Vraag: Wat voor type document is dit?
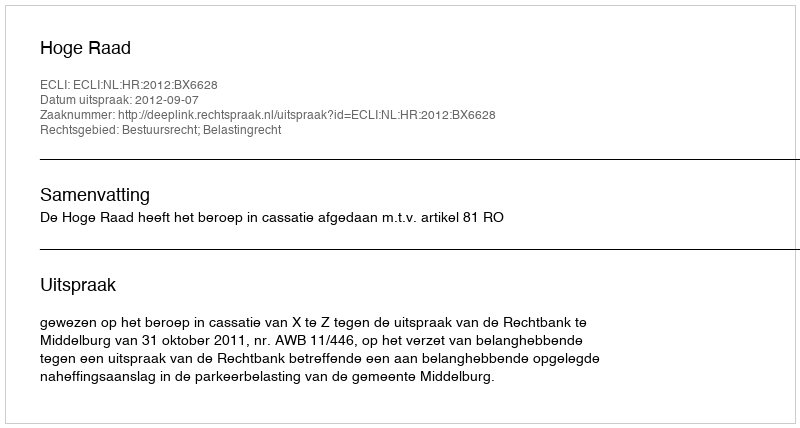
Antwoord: Uitspraak